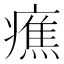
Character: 癄